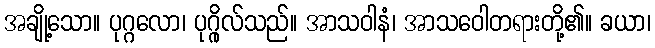
အချို့သော။ ပုဂ္ဂလော၊ ပုဂ္ဂိုလ်သည်။ အာသဝါနံ၊ အာသဝေါတရားတို့၏။ ခယာ၊